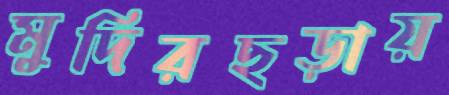
মুদিরছড়ায়